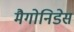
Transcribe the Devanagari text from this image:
मैगोनिडेस